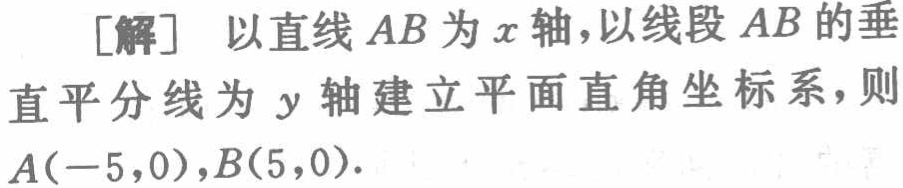
[解] 以直线 \(AB\) 为 \(x\) 轴，以线段 \(AB\) 的垂直平分线为 \(y\) 轴建立平面直角坐标系，则 \(A(-5,0),B(5,0)\)。